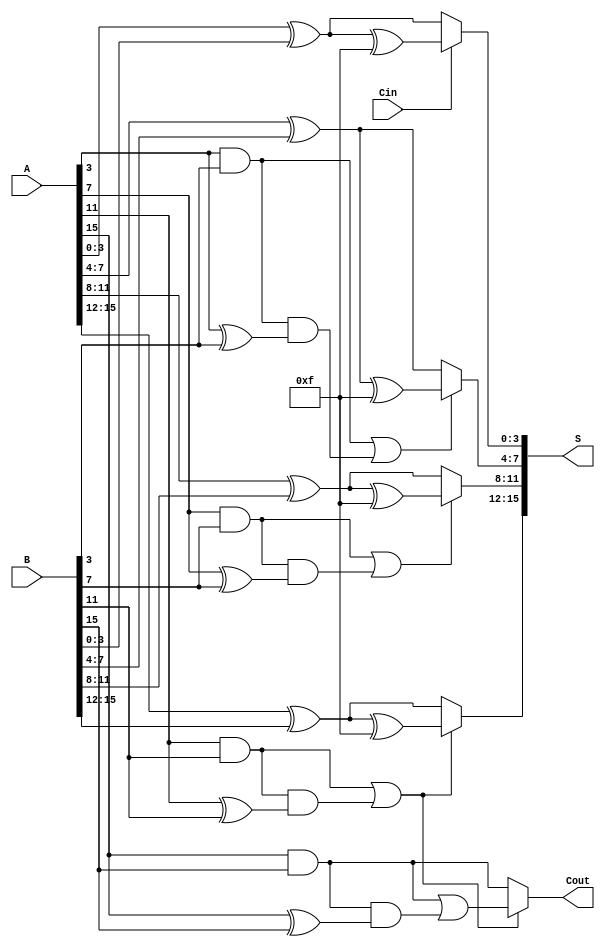
module HybridCarrySelectAdder #(parameter N = 16) (
    input  [N-1:0] A,      // First N-bit input
    input  [N-1:0] B,      // Second N-bit input
    input         Cin,      // Carry-in
    output [N-1:0] S,      // N-bit sum output
    output        Cout      // Carry-out
);

    // Number of blocks
    localparam BLOCK_SIZE = 4;
    localparam NUM_BLOCKS = N / BLOCK_SIZE;

    // Internal wires for sums and carries
    wire [BLOCK_SIZE-1:0] S0 [0:NUM_BLOCKS-1];
    wire [BLOCK_SIZE-1:0] S1 [0:NUM_BLOCKS-1];
    wire C0 [0:NUM_BLOCKS-1];
    wire C1 [0:NUM_BLOCKS-1];
    wire Cprev [0:NUM_BLOCKS-1];

    // Generate the blocks
    genvar i;
    generate
        for (i = 0; i < NUM_BLOCKS; i = i + 1) begin : block
            // Calculate the indices for the current block
            wire [BLOCK_SIZE-1:0] A_block = A[(i*BLOCK_SIZE) +: BLOCK_SIZE];
            wire [BLOCK_SIZE-1:0] B_block = B[(i*BLOCK_SIZE) +: BLOCK_SIZE];

            // Calculate sums and carries for Cin = 0
            assign S0[i] = A_block ^ B_block; // S0 = A XOR B
            assign C0[i] = A_block[BLOCK_SIZE-1] & B_block[BLOCK_SIZE-1]; // C0 = A AND B (last bit)

            // Calculate sums and carries for Cin = 1
            assign S1[i] = A_block ^ B_block ^ {BLOCK_SIZE{1'b1}}; // S1 = A XOR B XOR 1
            assign C1[i] = (A_block[BLOCK_SIZE-1] & B_block[BLOCK_SIZE-1]) | 
                           (C0[i] & (A_block[BLOCK_SIZE-1] ^ B_block[BLOCK_SIZE-1])); // C1 logic

            // Carry select logic
            if (i == 0) begin
                assign Cprev[i] = Cin; // For the first block, use Cin
            end else begin
                assign Cprev[i] = C1[i-1]; // Use C1 from the previous block
            end

            // Select the sum and carry for the current block
            assign S[(i*BLOCK_SIZE) +: BLOCK_SIZE] = (Cprev[i] == 1'b0) ? S0[i] : S1[i];
            assign Cout = (i == NUM_BLOCKS - 1) ? ((Cprev[i] == 1'b0) ? C0[i] : C1[i]) : Cout; // Carry-out logic
        end
    endgenerate

endmodule